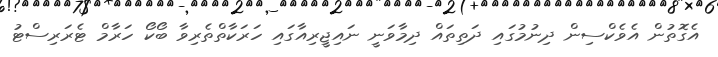
އެގޮތުން އެވެކްސިން ދިނުމުގައި ދަތިތައް ދިމާވަނީ ނައިޖީރިއާގައި ހަރަކާތްތެރިވާ ބޯކޯ ހަރާމް ޓެރަރިސްޓު